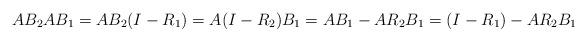
LaTeX: \begin{align*}A B_2 A B_1 = A B_2 (I - R_1) = A (I - R_2) B_1 = A B_1 - A R_2 B_1 = (I - R_1) - A R_2 B_1\end{align*}